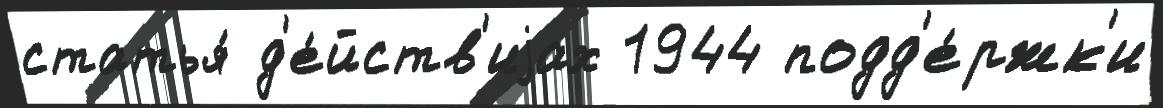
статья́ д'е́йств'иjах 1944 подд'е́ржк'и